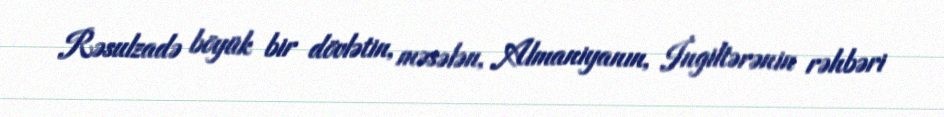
Rəsulzadə böyük bir dövlətin, məsələn, Almaniyanın, İngiltərənin rəhbəri